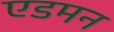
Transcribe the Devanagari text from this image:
एडमन